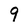
Character: 9